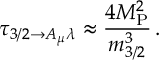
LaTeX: \tau _ { 3 / 2 \rightarrow A _ { \mu } \lambda } \approx \frac { 4 M _ { \mathrm { P } } ^ { 2 } } { m _ { 3 / 2 } ^ { 3 } } \, .